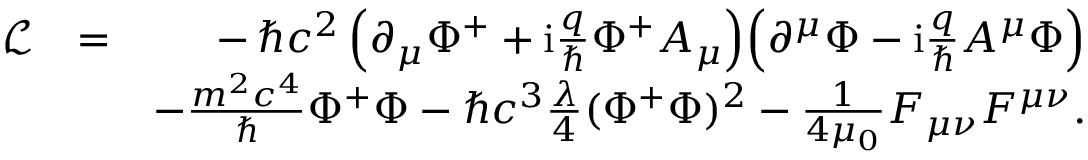
\begin{array} { r l r } { \mathcal { L } } & { = } & { - \, \hbar c ^ { 2 } \left( \partial _ { \mu } \Phi ^ { + } + \mathrm { i } \frac { q } { \hbar } \Phi ^ { + } A _ { \mu } \right) \! \left( \partial ^ { \mu } \Phi - \mathrm { i } \frac { q } { \hbar } A ^ { \mu } \Phi \right) } \\ & { } & { - \frac { m ^ { 2 } c ^ { 4 } } { \hbar } \Phi ^ { + } \Phi - \hbar c ^ { 3 } \frac { \lambda } { 4 } ( \Phi ^ { + } \Phi ) ^ { 2 } - \frac { 1 } { 4 \mu _ { 0 } } F _ { \mu \nu } F ^ { \mu \nu } . } \end{array}